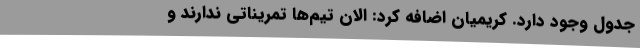
جدول وجود دارد. کریمیان اضافه کرد: الان تیم‌ها تمریناتی ندارند و